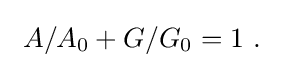
~A/A_{0}+G/G_{0}=1~.\